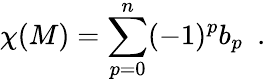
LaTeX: \chi(M)=\sum_{p=0}^{n}(-1)^{p}b_{p}\ \ .